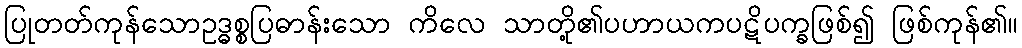
ပြုတတ်ကုန်သောဥဒ္ဓစ္စပြဓာန်းသော ကိလေ သာတို့၏ပဟာယကပဋိပက္ခဖြစ်၍ ဖြစ်ကုန်၏။